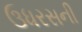
ઉધરસની